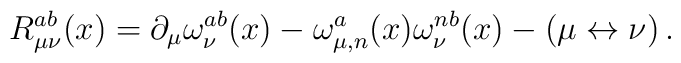
R_{\mu\nu}^{ab}(x)=\partial_\mu\omega_\nu^{ab}(x)  -\omega_{\mu,n}^{a}(x)\omega_\nu^{nb}(x)-(\mu \leftrightarrow \nu)\, .